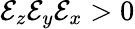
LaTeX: \mathcal{E}_{z}\mathcal{E}_{y}\mathcal{E}_{x}>0